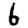
Digit: 6